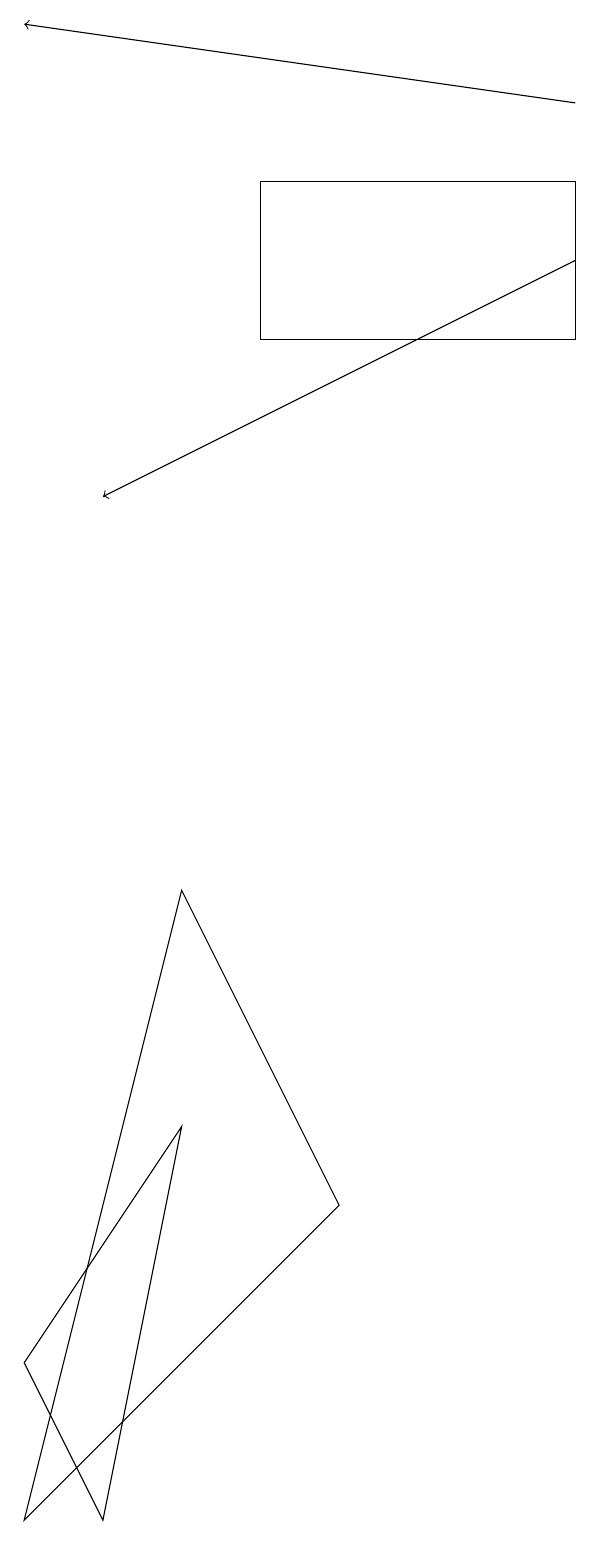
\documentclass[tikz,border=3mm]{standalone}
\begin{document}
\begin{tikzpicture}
\draw (7,15) rectangle (3,17);
\draw (0,0) -- (4,4) -- (2,8) -- cycle;
\draw[->] (7,18) -- (0,19);
\draw (1,0) -- (2,5) -- (0,2) -- cycle;
\draw[->] (7,16) -- (1,13);
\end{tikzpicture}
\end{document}